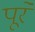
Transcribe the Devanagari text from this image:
पूरे